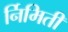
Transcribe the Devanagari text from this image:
र्निमिती